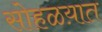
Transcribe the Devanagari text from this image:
सोहळय़ात